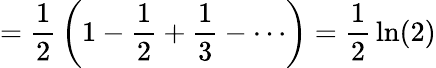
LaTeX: ={\frac{1}{2}}\left(1-{\frac{1}{2}}+{\frac{1}{3}}-\cdots\right)={\frac{1}{2}}\ln(2)